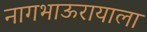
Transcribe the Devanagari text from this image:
नागभाऊरायाला